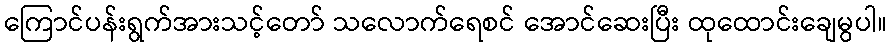
ကြောင်ပန်းရွက်အားသင့်တော် သလောက်ရေစင် အောင်ဆေးပြီး ထုထောင်းချေမွပါ။